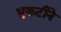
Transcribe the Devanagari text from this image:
भुकटीने